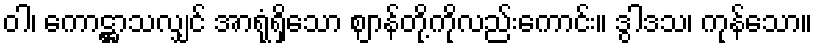
ဝါ၊ ကောဋ္ဌာသလျှင် အာရုံရှိသော ဈာန်တို့ကိုလည်းကောင်း။ ဒွါဒသ၊ ကုန်သော။